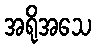
အရိုအသေ